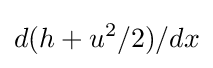
d(h+u^{2}/2)/dx